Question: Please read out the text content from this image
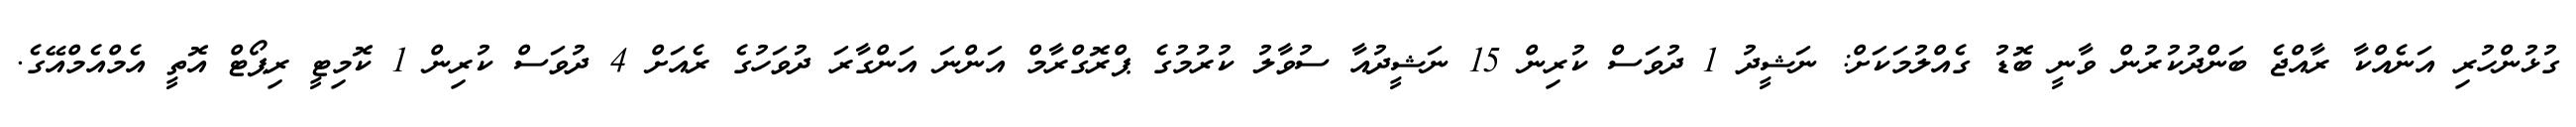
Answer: ގުޅުންހުރި އަނެއްކާ ރާއްޖެ ބަންދުކުރުން ވާނީ ބޮޑު ގެއްލުމަކަށް: ނަޝީދު 1 ދުވަސް ކުރިން 15 ނަޝީދުއާ ސުވާލު ކުރުމުގެ ޕްރޮގްރާމް އަންނަ އަންގާރަ ދުވަހުގެ ރެއަށް 4 ދުވަސް ކުރިން 1 ކޮމިޓީ ރިޕޯޓް އޮތީ އެމްއެމްއޭގެ.